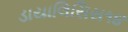
ડાયાલિસિસ૧૪